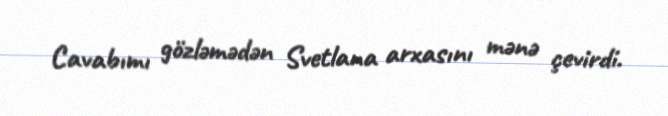
Cavabımı gözləmədən Svetlana arxasını mənə çevirdi.